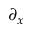
\partial _ { x }